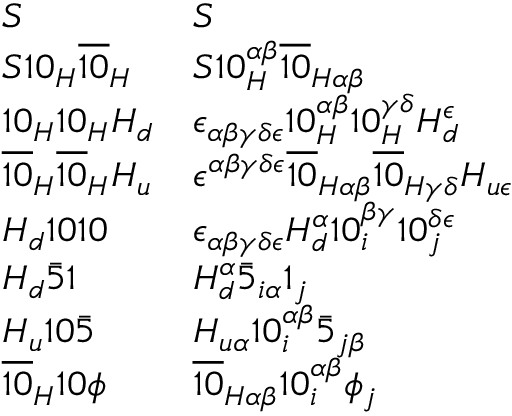
{ \begin{array} { l l } { S } & { S } \\ { S 1 0 _ { H } { \overline { { 1 0 } } } _ { H } } & { S 1 0 _ { H } ^ { \alpha \beta } { \overline { { 1 0 } } } _ { H \alpha \beta } } \\ { 1 0 _ { H } 1 0 _ { H } H _ { d } } & { \epsilon _ { \alpha \beta \gamma \delta \epsilon } 1 0 _ { H } ^ { \alpha \beta } 1 0 _ { H } ^ { \gamma \delta } H _ { d } ^ { \epsilon } } \\ { { \overline { { 1 0 } } } _ { H } { \overline { { 1 0 } } } _ { H } H _ { u } } & { \epsilon ^ { \alpha \beta \gamma \delta \epsilon } { \overline { { 1 0 } } } _ { H \alpha \beta } { \overline { { 1 0 } } } _ { H \gamma \delta } H _ { u \epsilon } } \\ { H _ { d } 1 0 1 0 } & { \epsilon _ { \alpha \beta \gamma \delta \epsilon } H _ { d } ^ { \alpha } 1 0 _ { i } ^ { \beta \gamma } 1 0 _ { j } ^ { \delta \epsilon } } \\ { H _ { d } { \bar { 5 } } 1 } & { H _ { d } ^ { \alpha } { \bar { 5 } } _ { i \alpha } 1 _ { j } } \\ { H _ { u } 1 0 { \bar { 5 } } } & { H _ { u \alpha } 1 0 _ { i } ^ { \alpha \beta } { \bar { 5 } } _ { j \beta } } \\ { { \overline { { 1 0 } } } _ { H } 1 0 \phi } & { { \overline { { 1 0 } } } _ { H \alpha \beta } 1 0 _ { i } ^ { \alpha \beta } \phi _ { j } } \end{array} }